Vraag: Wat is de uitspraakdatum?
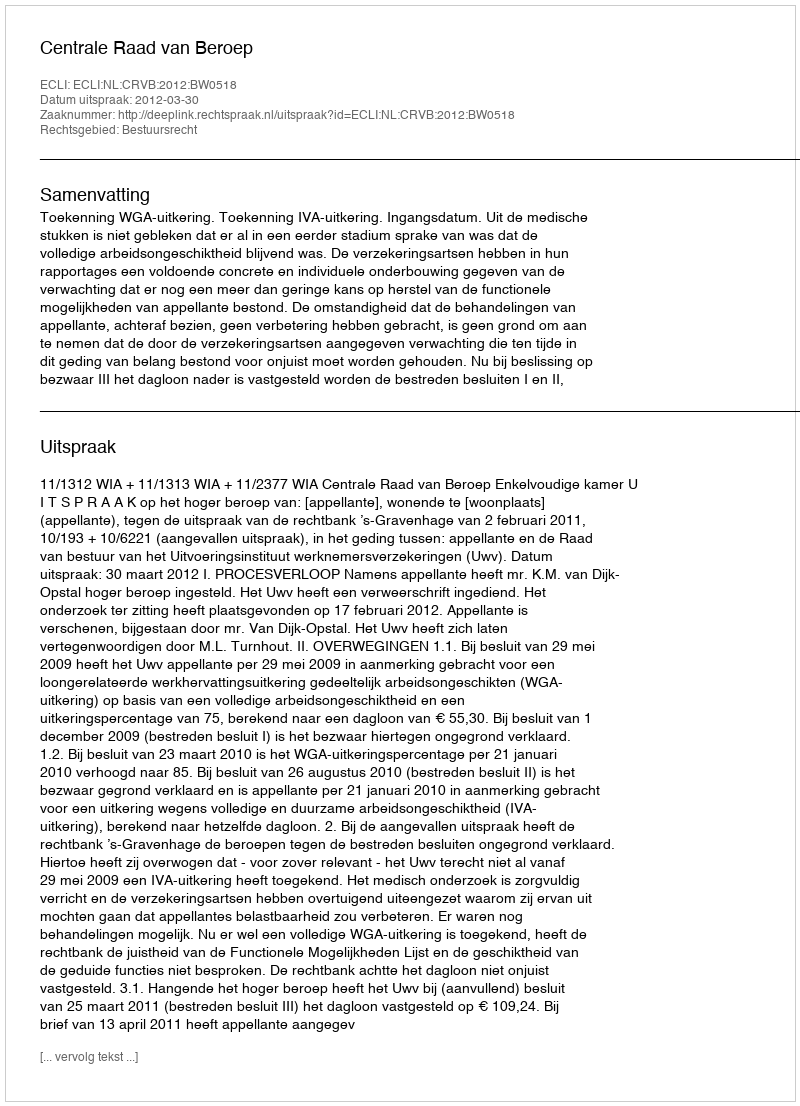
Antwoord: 2012-03-30